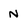
Character: n